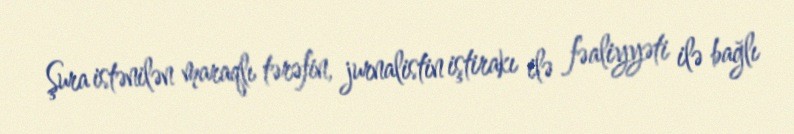
Şura istənilən maraqlı tərəfin, jurnalistin iştirakı ilə fəaliyyəti ilə bağlı